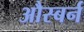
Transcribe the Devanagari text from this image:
औस्बर्न